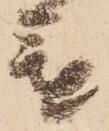
進